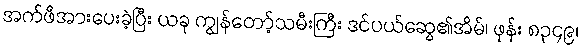
အက်ဖီအားပေးခဲ့ပြီး ယခု ကျွန်တော့်သမီးကြီး ဒင်ပယ်ဆွေ၏အိမ်၊ ဖုန်း ၈၃၄၉၊